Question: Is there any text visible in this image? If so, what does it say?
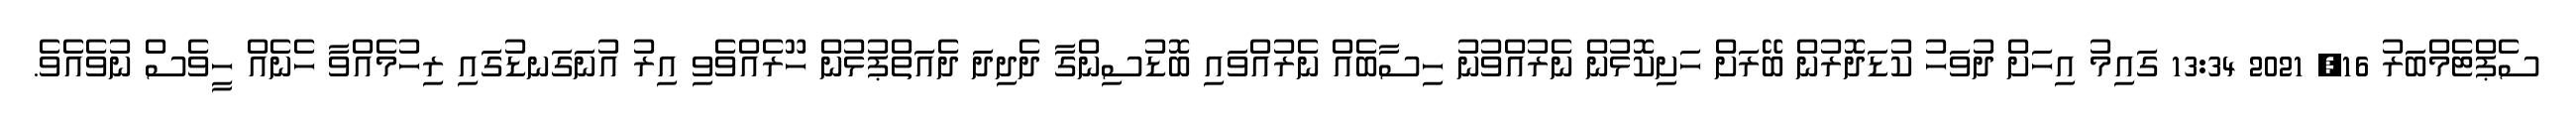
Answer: ސެޕްޓެމްބަރު 16, 2021 13:34 ގައިމު އިހަށް ދުވަހު ކުޑަދޮރުން ބޭރަށް ހަށިކޮޅުން ނެރުއްވުނު ހިސާބެއް ނެރުއްވައި ބޮޑުސިންގާ ދެދިދަ ދެއަތްޕުޅުން ހޫރެއްވެވި އިރު އުނަގަނޑުގައި ރިހުމެއްވާ ހެނެއް ހީވެސް ނުވެއެވެ.